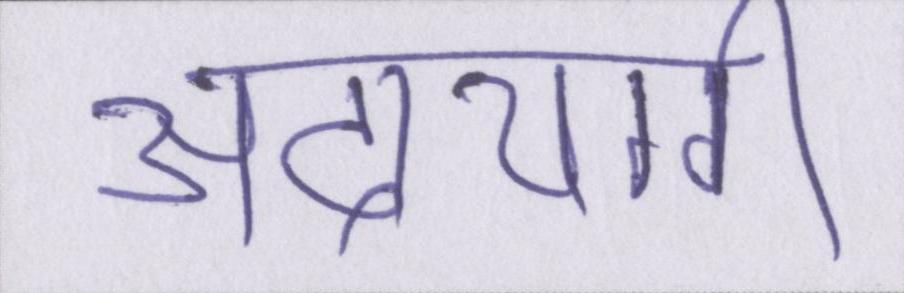
अदायगी